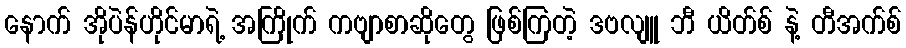
နောက် အိုပဲန်ဟိုင်မာရဲ့ အကြိုက် ကဗျာစာဆိုတွေ ဖြစ်ကြတဲ့ ဒဗလျူ ဘီ ယိတ်စ် နဲ့ တီအက်စ်